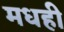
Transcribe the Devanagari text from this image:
मधही